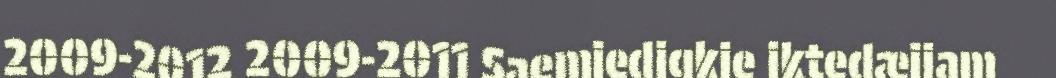
2009-2012 2009-2011 Saemiedigkie iktedæjjam